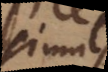
simul